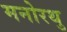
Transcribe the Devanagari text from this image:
मनोरथु